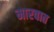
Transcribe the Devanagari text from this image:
मारवात